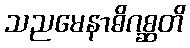
သညမေနာဓိဂစ္ဆတိ